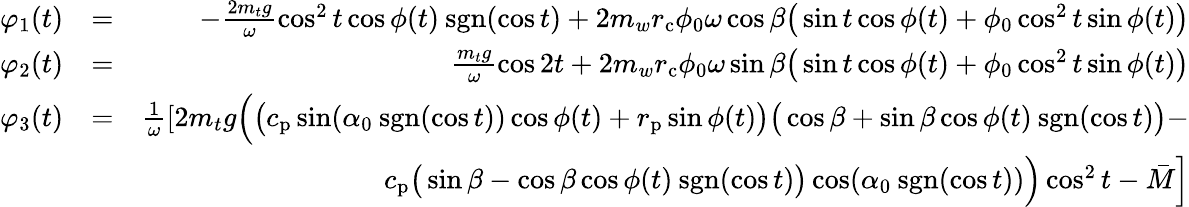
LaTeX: \begin{array}{rlr}{\varphi_{1}(t)}&{=}&{-\frac{2m_{t}g}{\omega}\cos^{2}t\cos\phi(t)\: \mathrm{sgn}(\cos t)+2m_{w}r_{\mathrm{c}}\phi_{0}\omega\cos\beta\big(\sin t\cos\phi(t)+\phi_{0}\cos^{2}t\sin\phi(t)\big)}\\ {\varphi_{2}(t)}&{=}&{\frac{m_{t}g}{\omega}\cos 2t+2m_{w}r_{\mathrm{c}}\phi_{0}\omega\sin\beta\big(\sin t\cos\phi(t)+\phi_{0}\cos^{2}t\sin\phi(t)\big)}\\ {\varphi_{3}(t)}&{=}&{\frac{1}{\omega}\left[2m_{t}g\Big(\big(c_{\mathrm{p}}\sin(\alpha_{0}\: \mathrm{sgn}(\cos t))\cos\phi(t)+r_{\mathrm{p}}\sin\phi(t)\big)\big(\cos\beta+\sin\beta\cos\phi(t)\: \mathrm{sgn}(\cos t)\big)-\right.}\\ &{}&{\left.c_{\mathrm{p}}\big(\sin\beta-\cos\beta\cos\phi(t)\: \mathrm{sgn}(\cos t)\big)\cos(\alpha_{0}\: \mathrm{sgn}(\cos t))\Big)\cos^{2}t-\bar{M}\right]}\end{array}